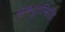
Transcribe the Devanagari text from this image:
सम्भूतमिति